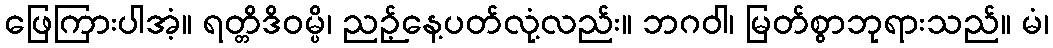
ဖြေကြားပါအံ့။ ရတ္တိဒိဝမ္ပိ၊ ညဉ့်နေ့ပတ်လုံ့လည်း။ ဘဂဝါ၊ မြတ်စွာဘုရားသည်။ မံ၊